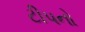
ટીપનો